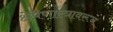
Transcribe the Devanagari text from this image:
क्षेपणास्त्रावरून